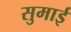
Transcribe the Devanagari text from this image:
सुमाई